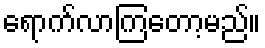
ရောက်လာကြတော့မည်။